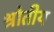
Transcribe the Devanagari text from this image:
श्रोतीय